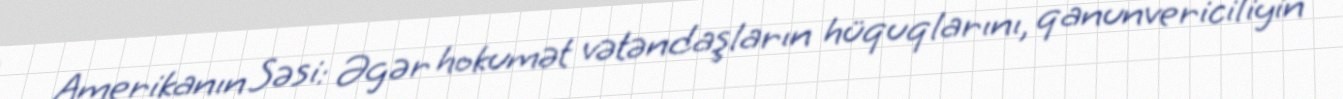
Amerikanın Səsi: Əgər hokumət vətəndaşların hüquqlarını, qanunvericiliyin